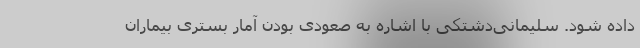
داده شود. سلیمانی‌دشتکی با اشاره به صعودی بودن آمار بستری بیماران